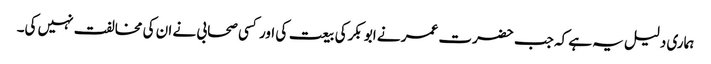
ہماری دلیل یہ ہے کہ جب حضرت عمر نے ابو بکرکی بیعت کی اور کسی صحابی نے ان کی مخالفت نہیں کی۔